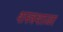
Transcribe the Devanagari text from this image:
शस्त्रशाळा